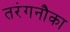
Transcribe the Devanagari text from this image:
तरंगनौका